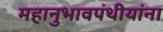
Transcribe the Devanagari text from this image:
महानुभावपंथीयांना